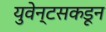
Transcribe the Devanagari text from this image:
युवेन्टसकडून